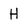
Character: H